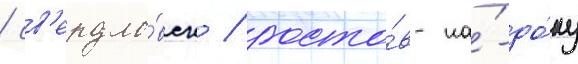
/ св'ердло́вск / росто́в-на́-до́ну